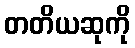
တတိယဆုကို